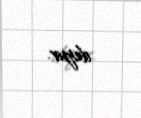
deyir.